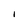
Character: i